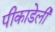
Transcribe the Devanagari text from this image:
पीकाडेली